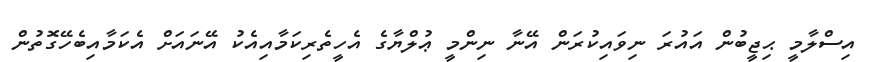
އިސްލާމީ ޙިޖީބުން އައުރަ ނިވައިކުރަން އޭނާ ނިންމީ ޢުލްޔާގެ އެހީތެރިކަމާއިއެކު އޭނައަށް އެކަމާއިބެހޭގޮތުން